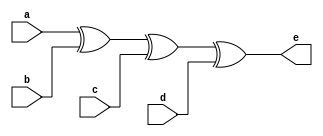
`timescale 1ns / 1ps
//////////////////////////////////////////////////////////////////////////////////
// Company: 
// Engineer: 
// 
// Design Name: 
// Module Name: inv
// Project Name: 
// Target Devices: 
// Tool Versions: 
// Description: 
// 
// Dependencies: 
// 
// Revision:
// Revision 0.01 - File Created
// Additional Comments:
// 
//////////////////////////////////////////////////////////////////////////////////


module inv(
    input a, b, c, d,
    output e
);

assign e = a^b^c^d;

endmodule